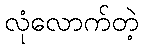
လုံလောက်တဲ့